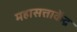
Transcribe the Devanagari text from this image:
महासत्ताकेंद्र